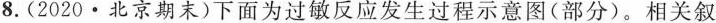
8.(2020·北京期末)下面为过敏反应发生过程示意图(部分)。相关叙